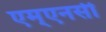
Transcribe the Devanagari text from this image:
एम्एनसी